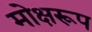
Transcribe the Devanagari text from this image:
मोक्षरूप